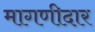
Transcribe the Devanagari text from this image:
मागणीदार